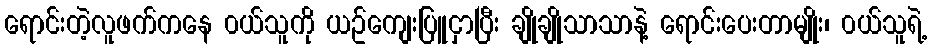
ရောင်းတဲ့လူဖက်ကနေ ၀ယ်သူကို ယဥ်ကျေးပြူငှာပြီး ချိုချိုသာသာနဲ့ ရောင်းပေးတာမျိုး၊ ၀ယ်သူရဲ့